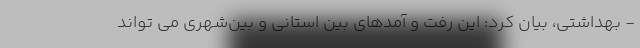
- بهداشتی، بیان کرد: این رفت و آمدهای بین استانی و بین‌شهری می تواند